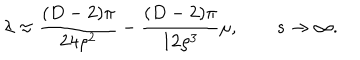
LaTeX: \lambda \approx \frac { ( D - 2 ) \pi } { 2 4 \rho ^ { 2 } } - \frac { ( D - 2 ) \pi } { 1 2 \rho ^ { 3 } } \mu , \qquad s \rightarrow \infty .